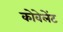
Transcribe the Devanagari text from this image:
कोवेलेंट